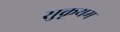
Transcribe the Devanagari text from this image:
सुकृथम